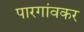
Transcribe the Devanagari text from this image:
पारगांवकर